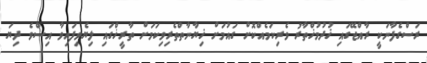
ރަސްގެފާނަކީ ރާއްޖޭގައި ޚުދުމުޚްތާރު ވެރިކަމެއްކޮށް ގައުމަށް ޚިޔާނާތްތެރިވިކަމަށް ތާރީޚްގައި ލިޔެވިފައިވާ އިސްވެ ދިޔަ